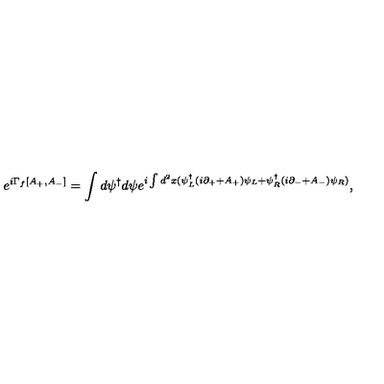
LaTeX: e ^ { i \Gamma _ { f } [ A _ { + } , A _ { - } ] } = \int d \psi ^ { \dagger } d \psi e ^ { i \int d ^ { 2 } x ( \psi _ { L } ^ { \dagger } ( i \partial _ { + } + A _ { + } ) \psi _ { L } + \psi _ { R } ^ { \dagger } ( i \partial _ { - } + A _ { - } ) \psi _ { R } ) } ,